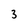
Character: 3